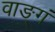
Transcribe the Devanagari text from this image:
वाङ्गं